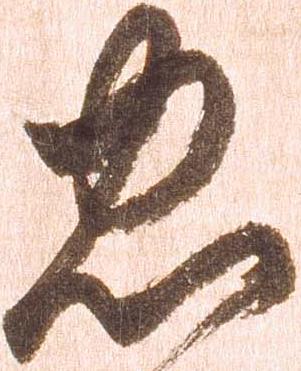
忠